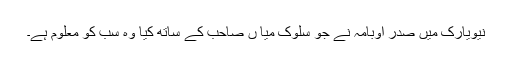
نیویارک میں صدر اوبامہ نے جو سلوک میا ں صاحب کے ساتھ کیا وہ سب کو معلوم ہے۔